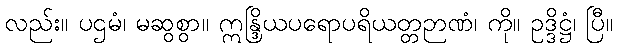
လည်း။ ပဌမံ၊ မဆွစွာ။ ဣန္ဒြိယပရောပရိယတ္တဉာဏံ၊ ကို။ ဥဒ္ဒိဋ္ဌံ၊ ပြီ။